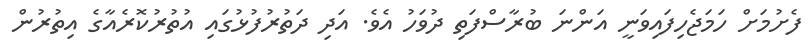
ފެށުމަށް ހަމަޖެހިފައިވަނީ އަންނަ ބުރާސްފަތި ދުވަހު އެވެ. އަދި ދަތުރުފުޅުގައި އުތުރުކޮރެއާގެ އިތުރުން